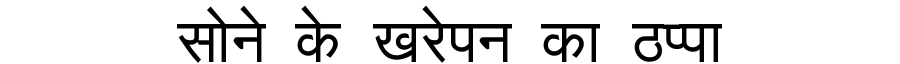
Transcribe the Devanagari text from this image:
सोने के खरेपन का ठप्पा